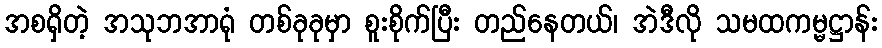
အစရှိတဲ့ အသုဘအာရုံ တစ်ခုခုမှာ စူးစိုက်ပြီး တည်နေတယ်၊ အဲဒီလို သမထကမ္မဋ္ဌာန်း